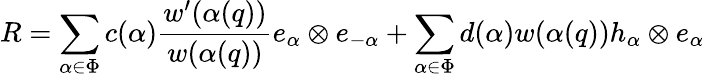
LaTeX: R=\sum_{\alpha\in\Phi}c(\alpha)\frac{w^{\prime}(\alpha(q))}{w(\alpha(q))}e_{\alpha}\otimes e_{-\alpha}+\sum_{\alpha\in\Phi}d(\alpha)w(\alpha(q))h_{\alpha}\otimes e_{\alpha}